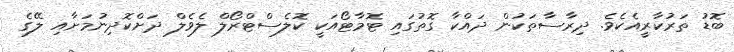
ބޮޑު ތަރުކާރީއެކެވެ. ދިރާސާތަކުން ދައްކާ ގޮތުގައި ޓޮމާޓޯއަކީ ކޮލެސްޓްރޯލް ލެވެލް ދަށްކޮދިނުމަށާއި ލޭގެ